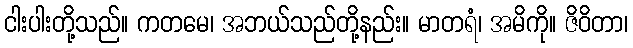
ငါးပါးတို့သည်။ ကတမေ၊ အဘယ်သည်တို့နည်း။ မာတရံ၊ အမိကို။ ဇိဝိတာ၊